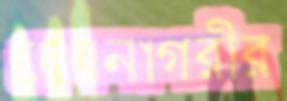
দেবনাগরীর